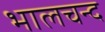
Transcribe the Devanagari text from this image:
भालचन्द